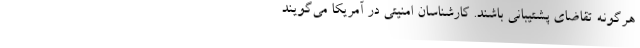
هرگونه تقاضای پشتیبانی باشند. کارشناسان امنیتی در آمریکا می‌گویند